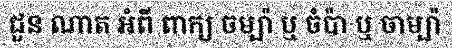
ជួន ណាត អំពី ពាក្យ ចម្ប៉ា ឬ ចំប៉ា ឬ ចាម្ប៉ា